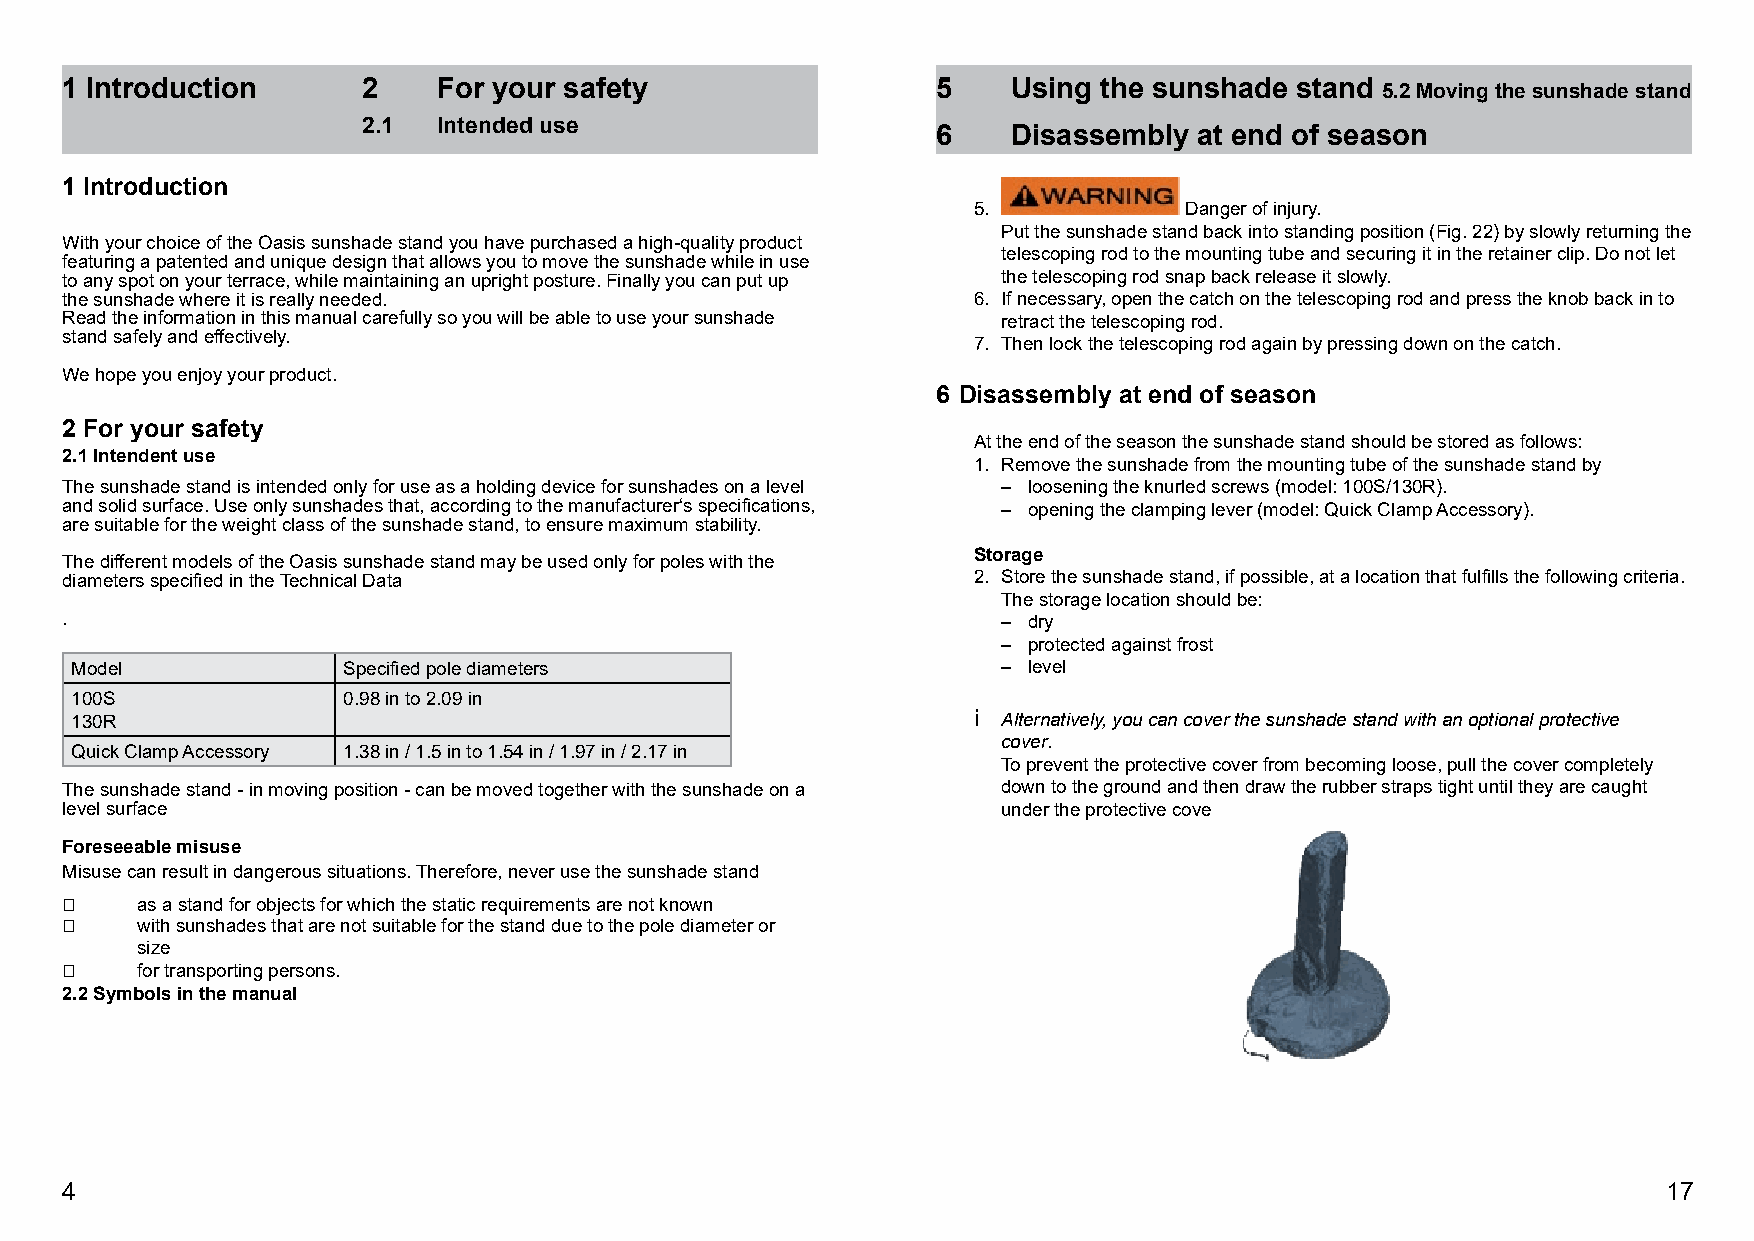
1 Introduction      2    For your safety                  5    Using the sunshade stand 5.2 Moving the sunshade stand
 2.1  Intended use
 6    Disassembly at end of season
 1 Introduction
 5.            Danger of injury.
 Put the sunshade stand back into standing position (Fig. 22) by slowly returning the
 With your choice of the Oasis sunshade stand you have purchased a high-quality product
 telescoping rod to the mounting tube and securing it in the retainer clip. Do not let
 featuring a patented and unique design that allows you to move the sunshade while in use
 to any spot on your terrace, while maintaining an upright posture. Finally you can put up the telescoping rod snap back release it slowly.
 the sunshade where it is really needed.                     6. If necessary, open the catch on the telescoping rod and press the knob back in to
 Read the information in this manual carefully so you will be able to use your sunshade retract the telescoping rod.
 stand safely and effectively.
 7. Then lock the telescoping rod again by pressing down on the catch.
 We hope you enjoy your product.
 6 Disassembly at end of season
 2 For your safety
 At the end of the season the sunshade stand should be stored as follows:
 2.1 Intendent use
 1. Remove the sunshade from the mounting tube of the sunshade stand by
 The sunshade stand is intended only for use as a holding device for sunshades on a level – loosening the knurled screws (model: 100S/130R).
 and solid surface. Use only sunshades that, according to the manufacturer‘s specifications, – opening the clamping lever (model: Quick Clamp Accessory).
 are suitable for the weight class of the sunshade stand, to ensure maximum stability.
 Storage
 The different models of the Oasis sunshade stand may be used only for poles with the
 diameters specified in the Technical Data                   2. Store the sunshade stand, if possible, at a location that fulfills the following criteria.
 The storage location should be:
 .                                                             – dry
 – protected against frost
 Model             Specified pole diameters                   – level
 100S              0.98 in to 2.09 in
 130R                                                       i Alternatively, you can cover the sunshade stand with an optional protective
 cover.
 Quick Clamp Accessory 1.38 in / 1.5 in to 1.54 in / 1.97 in / 2.17 in
 To prevent the protective cover from becoming loose, pull the cover completely
 The sunshade stand - in moving position - can be moved together with the sunshade on a down to the ground and then draw the rubber straps tight until they are caught
 level surface                                                 under the protective cove
 Foreseeable misuse
 Misuse can result in dangerous situations. Therefore, never use the sunshade stand
     as a stand for objects for which the static requirements are not known
     with sunshades that are not suitable for the stand due to the pole diameter or
 size
     for transporting persons.
 2.2 Symbols in the manual
 4                                                                                                         17